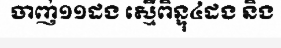
ចាញ់១១ដង ស្មើពិន្ទុ៤ដង និង